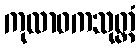
ကုလာဝကသုတ္တံ